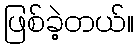
ဖြစ်ခဲ့တယ်။